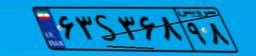
۶۳S۳۶۸۹۸